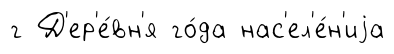
г Д'ер'е́вн'я го́да нас'ел'е́н'иjа